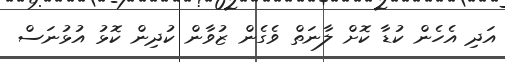
އަދި އެހެން ކުޑާ ކޮށް ލާނަތް ވެގެން ޒުވާން ކުދިން ކޮޅު އުޅުނަސް